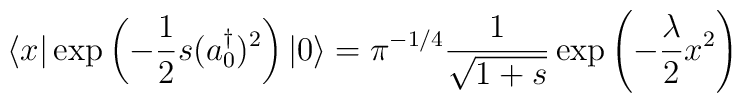
\langle x \vert \exp \left(-\frac{1}{2}s (a_0^{\dagger})^2\right)| 0 \rangle= \pi^{-1/4} \frac{1}{\sqrt{1 + s}} \exp \left(-\frac{\lambda}{ 2}x^2 \right)